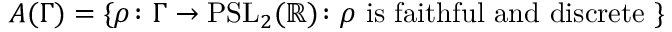
A ( \Gamma ) = \{ \rho \colon \Gamma \to \mathrm { P S L } _ { 2 } ( \mathbb { R } ) \colon \rho { \mathrm { ~ i s ~ f a i t h f u l ~ a n d ~ d i s c r e t e ~ } } \}